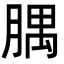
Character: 腢